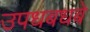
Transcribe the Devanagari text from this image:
उपधबधबे